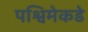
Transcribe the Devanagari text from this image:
पश्विमेकडे